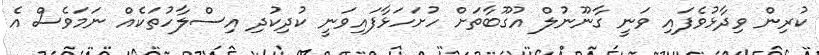
ކުރިން ވިދާޅުވެފައި ވަނީ ގާނޫނުލް އުގޫބާތަށް ހުށަހަޅާފައިވަނީ ކުދިކުދި އިސްލާހުތަކެއް ނަމަވެސް އެ